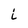
Character: i